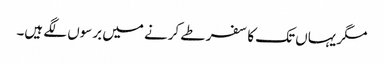
مگر یہاں تک کا سفر طے کرنے میں برسوں لگے ہیں۔